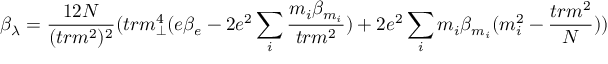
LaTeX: \beta _ { \lambda } = \frac { 1 2 N } { ( t r m ^ { 2 } ) ^ { 2 } } ( t r m _ { \perp } ^ { 4 } ( e \beta _ { e } - 2 e ^ { 2 } \sum _ { i } \frac { m _ { i } \beta _ { m _ { i } } } { t r m ^ { 2 } } ) + 2 e ^ { 2 } \sum _ { i } m _ { i } \beta _ { m _ { i } } ( m _ { i } ^ { 2 } - \frac { t r m ^ { 2 } } { N } ) )